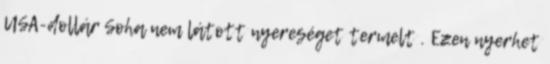
USA-dollár Soha nem látott nyereséget termelt . Ezen nyerhet